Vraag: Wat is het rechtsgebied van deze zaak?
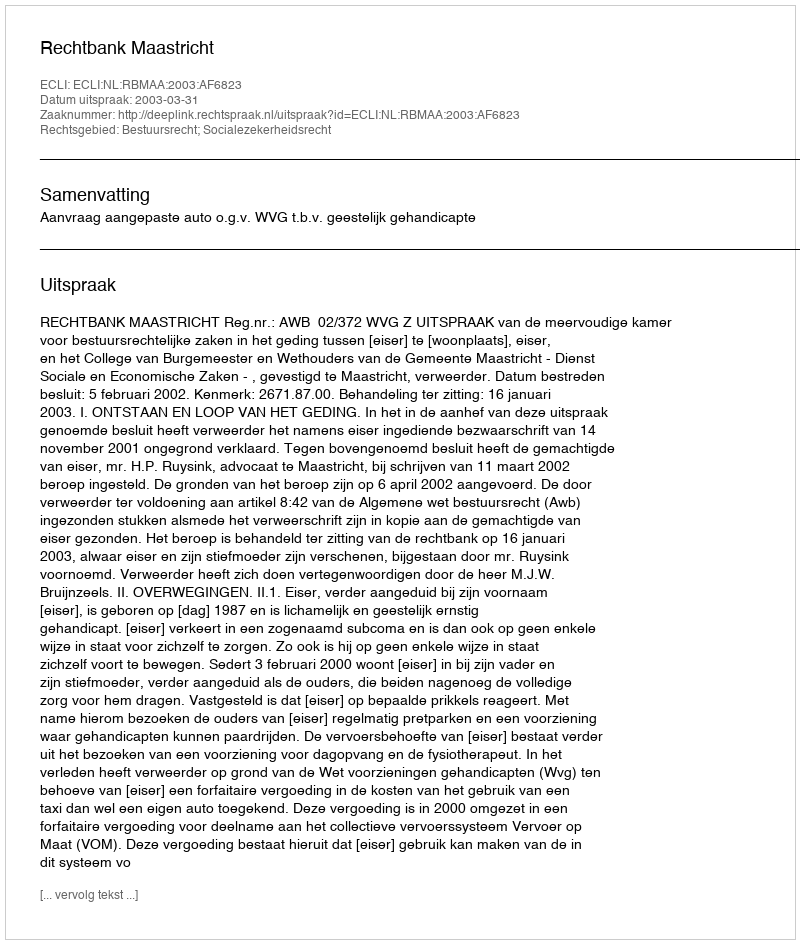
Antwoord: Bestuursrecht; Socialezekerheidsrecht